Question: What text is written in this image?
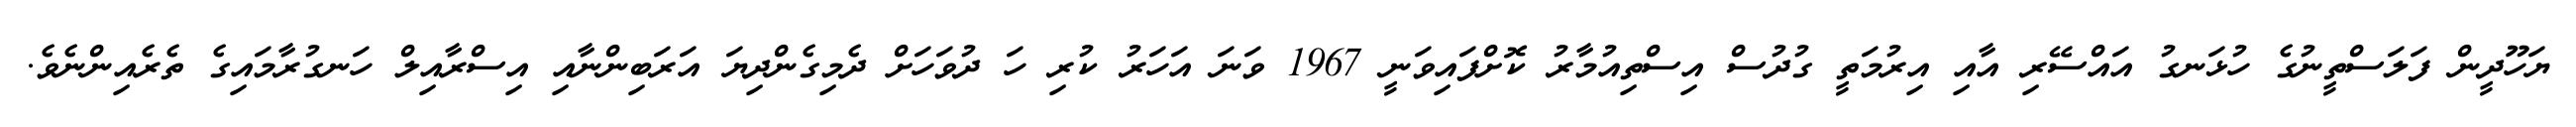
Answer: ޔަހޫދީން ފަލަސްތީނުގެ ހުޅަނގު އައްސޭރި އާއި އިރުމަތީ ގުދުސް އިސްތިއުމާރު ކޮށްފައިވަނީ 1967 ވަނަ އަހަރު ކުރި ހަ ދުވަހަށް ދެމިގެންދިޔަ އަރަބިންނާއި އިސްރާއިލް ހަނގުރާމައިގެ ތެރެއިންނެވެ.